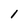
Character: 1